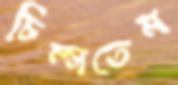
চিম্‌সতেম